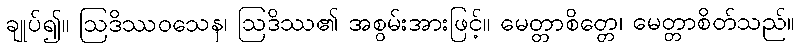
ချုပ်၍။ ဩဒိဿဝသေန၊ ဩဒိဿ၏ အစွမ်းအားဖြင့်။ မေတ္တာစိတ္တေ၊ မေတ္တာစိတ်သည်။